Report of the Indian Hemp Drugs Commission, 1894-1895 - Volume V
Year: 1894
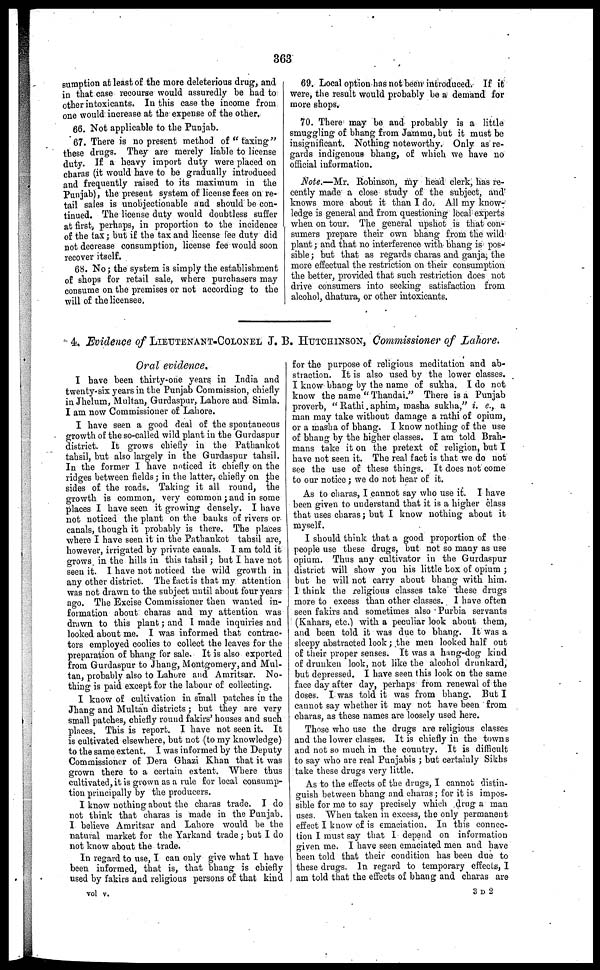
363
sumption at least of the more deleterious drug, and
in that case recourse would assuredly be had to
other intoxicants. In this case the income from
one would increase at the expense of the other.
66. Not applicable to the Punjab.
67. There is no present method of "taxing"
these drugs. They are merely liable to license
duty. If a heavy import duty were placed on
charas (it would have to be gradually introduced
and frequently raised to its maximum in the
Punjab), the present system of license fees on re-
tail sales is unobjectionable and should be con-
tinued. The license duty would doubtless suffer
at first, perhaps, in proportion to the incidence
of the tax ; but if the tax and license fee duty did
not decrease consumption, license fee would soon
recover itself.
68. No ; the system is simply the establishment
of shops for retail sale, where purchasers may
consume on the premises or not according to the
will of the licensee.
69. Local option has not been introduced. If it
were, the result would probably be a demand for
more shops.
70. There may be and probably is a little
smuggling of bhang from Jammu, but it must be
insignificant. Nothing noteworthy. Only as re-
gards indigenous bhang, of which we have no
official information.
Note.—Mr. Robinson, my head clerk, has re-
cently made a close study of the subject, and
knows more about it than I do. All my know-
ledge is general and from questioning local experts
when on tour. The general upshot is that con-
sumers prepare their own bhang from the wild
plant ; and that no interference with bhang is pos-
sible ; but that as regards charas and ganja, the
more effectual the restriction on their consumption
the better, provided that such restriction does not
drive consumers into seeking satisfaction from
alcohol, dhatura, or other intoxicants.
4. Evidence of LIEUTENANT-COLONEL J. B. HUTCHINSON, Commissioner of Lahore.
Oral evidence.
I have been thirty-one years in India and
twenty-six years in the Punjab Commission, chiefly
in Jhelum, Multan, Gurdaspur, Lahore and Simla.
I am now Commissioner of Lahore.
I have seen a good deal of the spontaneous
growth of the so-called wild plant in the Gurdaspur
district. It grows chiefly in the Pathankot
tahsil, but also largely in the Gurdaspur tahsil.
In the former I have noticed it chiefly on the
ridges between fields ; in the latter, chiefly on the
sides of the roads. Taking it all round, the
growth is common, very common ; and in some
places I have seen it growing densely. I have
not noticed the plant on the banks of rivers or
canals, though it probably is there. The places
where I have seen it in the Pathankot tahsil are,
however, irrigated by private canals. I am told it
grows in the hills in this tahsil ; but I have not
seen it. 1 have not noticed the wild growth in
any other district. The fact is that my attention
was not drawn to the subject until about four years
ago. The Excise Commissioner then wanted in-
formation about charas and my attention was
drawn to this plant ; and I made inquiries and
looked about me. I was informed that contrac-
tors employed coolies to collect the leaves for the
preparation of bhang for sale. It is also exported
from Gurdaspur to J hang, Montgomery, and Mul-
tan, probably also to Lahore and Amritsar. No-
thing is paid except for the labour of collecting.
I know of cultivation in small patches in the
Jhang and Multan districts ; but they are very
small patches, chiefly round fakirs' houses and such
places. This is report. I have not seen it. It
is cultivated elsewhere, but not (to my knowledge)
to the same extent. I was informed by the Deputy
Commissioner of Dera Ghazi Khan that it was
grown there to a certain extent. Where thus
cultivated, it is grown as a rule for local consump-
tion principally by the producers.
I know nothing about the charas trade. I do
not think that charas is made in the Punjab.
I believe Amritsar and Lahore would be the
natural market for the Yarkand trade ; but I do
not know about the trade.
In regard to use, I can only give what I have
been informed, that is, that bhang is chiefly
used by fakirs and religious persons of that kind
for the purpose of religious meditation and ab-
straction. It is also used by the lower classes.
I know bhang by the name of sukha. I do not
know the name "Thandai." There is a Punjab
proverb, "Rathi aphim, masha sukha," i. e., a
man may take without damage a rathi of opium,
or a masha of bhang. I know nothing of the use
of bhang by the higher classes. I am told Brah-
mans take it on the pretext of religion, but I
have not seen it. The real fact is that we do not
see the use of these things. It does not come
to our notice ; we do not hear of it.
As to charas, I cannot say who use it. I have
been given to understand that it is a higher class
that uses charas ; but I know nothing about it
myself.
I should think that a good proportion of the
people use these drugs, but not so many as use
opium. Thus any cultivator in the Gurdaspur
district will show you his little box of opium ;
but he will not carry about bhang with him.
1 think the religious classes take these drugs
more to excess than other classes. I have often
seen fakirs and sometimes also Purbia servants
(Kahars, etc.) with a peculiar look about them,
and been told it was due to bhang. It was a
sleepy abstracted look ; the men looked half out
of their proper senses. It was a hang-dog kind
of drunken look, not like the alcohol drunkard,
but depressed. I have seen this look on the same
face day after day, perhaps from renewal of the
doses. I was told it was from bhang. But I
cannot say whether it may not have been from
charas, as these names are loosely used here.
Those who use the drugs are religious classes
and the lower classes. It is chiefly in the towns
and not so much in the country. It is difficult
to say who are real Punjabis ; but certainly Sikhs
take these drugs very little.
As to the effects of the drugs, I cannot distin-
guish between bhang and charas ; for it is impos-
sible for me to say precisely which drug a man
uses. When taken in excess, the only permanent
effect I know of is emaciation. In this connec-
tion I must say that I depend on information
given me. I have seen emaciated men and have
been told that their condition has been due to
these drugs. In regard to temporary effects, I
am told that the effects of bhang and charas are
vol v.
3 D 2